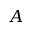
A